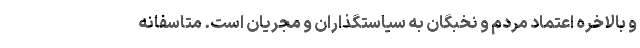
و بالاخره اعتماد مردم و نخبگان به سیاستگذاران و مجریان است. متاسفانه